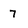
Character: 7